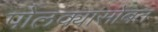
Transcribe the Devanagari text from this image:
पोलक्यासोबत